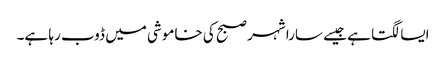
ایسا لگتا ہے جیسے سارا شہر صبح کی خاموشی میں ڈوب رہا ہے۔